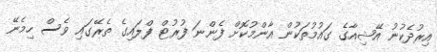
އިރުދެކުނު އޭޝިއާގެ ގައުމުތަކުން އާންމުކޮށް ފެންނަ ފުރުޓް ފްލައިގެ ތެރޭގައި ވެސް ހިމެނޭ